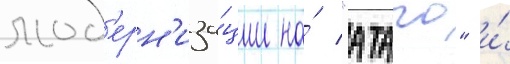
мод'ерн'иза́ции на́ "атаго" и́